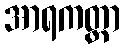
အာရကတ္တာ